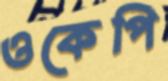
ওকেপি